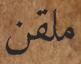
ملقن